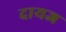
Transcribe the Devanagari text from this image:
दायज